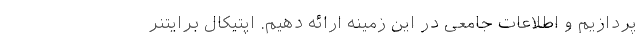
پردازیم و اطلاعات جامعی در این زمینه ارائه دهیم. اپتیکال برایتنر